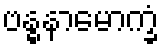
ဗန္ဓနာမောက္ခံ